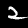
Digit: 2